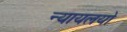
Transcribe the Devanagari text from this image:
न्यायलयो